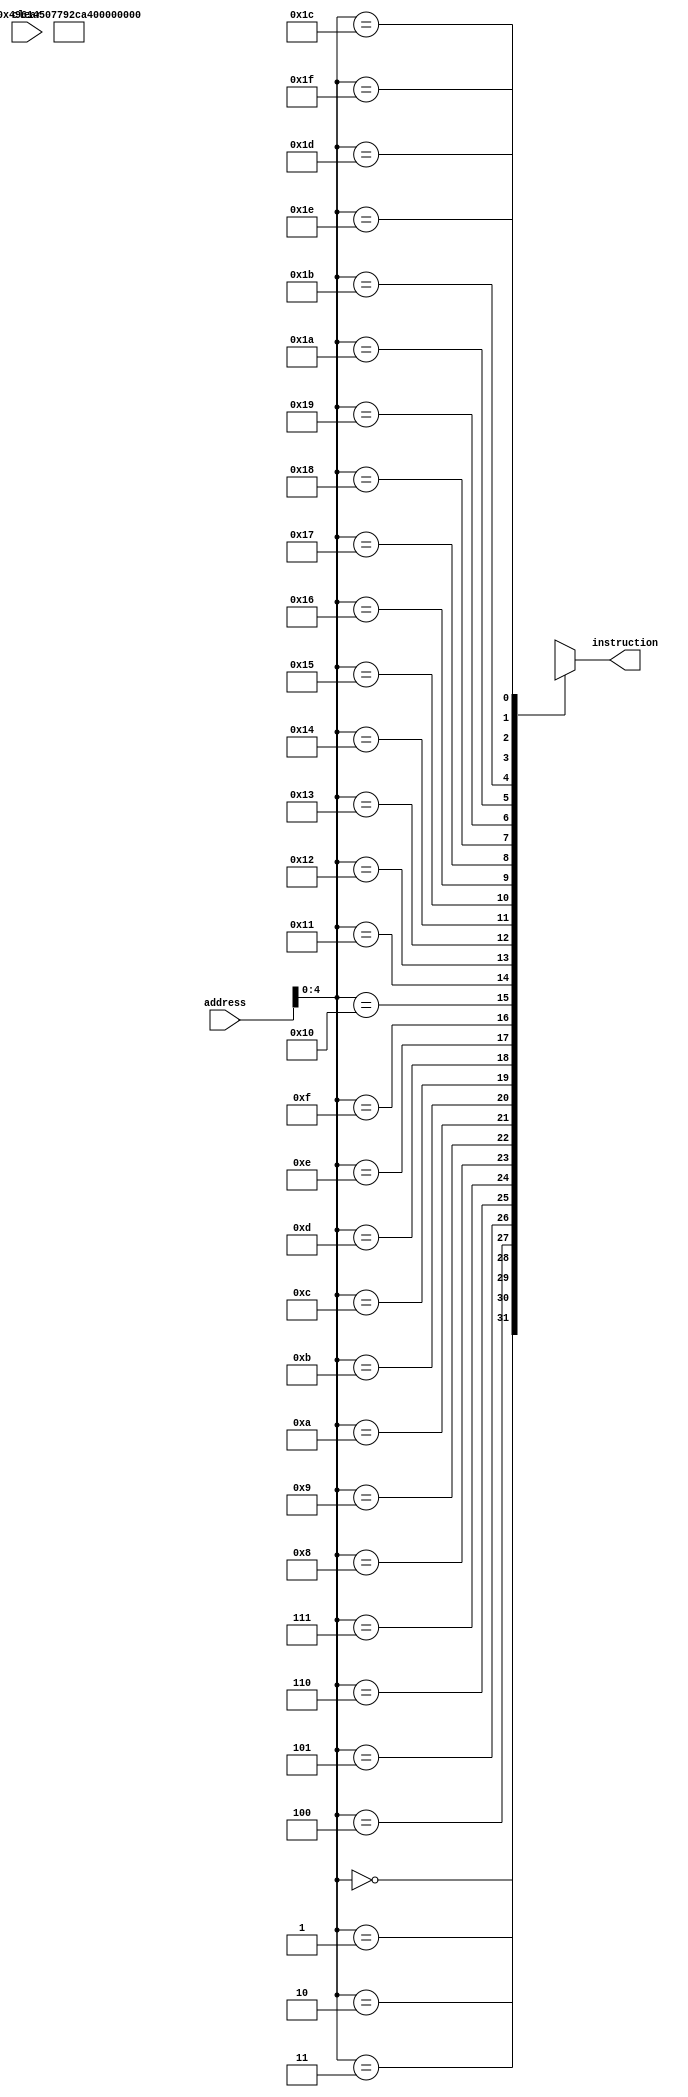
module tester(
    input [7:0] address,
    input clear,
    output [7:0] instruction
);

// memory for instruction
wire [7:0] memory [0:31];


// Instruction start

assign memory[0] = 8'b01001001; // m1(1) to s2 : r0010 rw 1
assign memory[1] = 8'b01100001; // m2(2) to s0 : r2010 rw 2
assign memory[2] = 8'b01000101; // m3(3) to s1 : r2310 rw 3
assign memory[3] = 8'b00000111; // s0(2)+s1(3) to s3 : r2315 rw 5
assign memory[4] = 8'b01111001; // m6(6) to s2 : r2365 rw 6
assign memory[5] = 8'b00101100; // s2(6)+s3(5) to s0 : r'11'365 rw 11
assign memory[6] = 8'b10100010; // s0(11) to m4 : m0123'11'
assign memory[7] = 8'b00001101; // s0(11)+s3(5) to s1 : r'11'16'65 rw 16--> 0
assign memory[8] = 8'b01111011; // m4(11) to s2 : r'11'16'11'5 rw 11
assign memory[9] = 8'b00011110; // s1(16)+s3(5) to s2 : r'11'16'21'5 rw 21--> -5

assign memory[10] = 8'b11000011; // stop

// Instruction end

// output instruction
assign instruction = memory[address];

endmodule